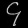
Digit: ၄